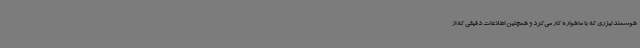
هوشمند لیزری که با ماهواره کار می‌کرد و همچنین اطلاعات دقیقی که از